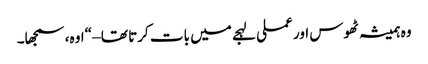
وہ ہمیشہ ٹھوس اور عملی لہجے میں بات کرتا تھا – “اوہ، سمجھا۔